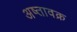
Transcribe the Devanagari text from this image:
अष्तावक्र